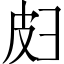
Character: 𫹄